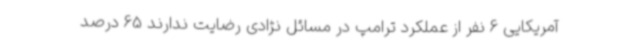
آمریکایی 6 نفر از عملکرد ترامپ در مسائل نژادی رضایت ندارند 65 درصد